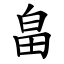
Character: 畠